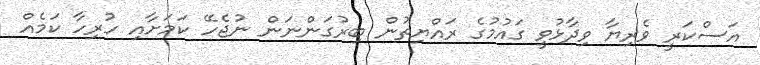
އަސްކަރީ ވެރިޔާ ވިދާޅުވީ ގައުމުގެ ރައްޔިތުން ބިރުގަންނަން ނުޖެހޭ ކަމަށާއި ހުރިހާ ކަމެއް